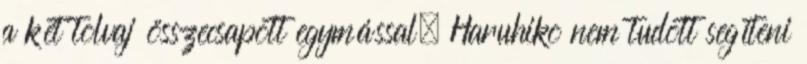
a két tolvaj összecsapott egymással. Haruhiko nem tudott segíteni